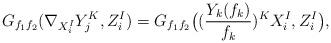
LaTeX: \begin{align*}G_{f_1f_2}(\nabla_{X_i^I}Y_j^K,Z_i^I)=G_{f_1f_2}\big((\frac{Y_k(f_k)}{f_k})^KX_i^I,Z_i^I\big),\end{align*}